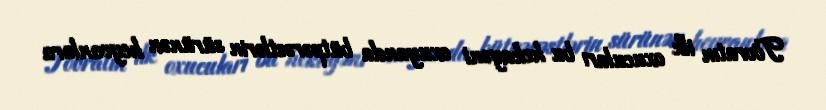
Tövratın ilk oxucuları bu hekayəni oxuyanda bütpərəstlərin sürünən heyvanlara